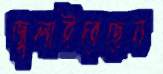
জ্বলাইতেছেন